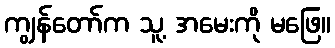
ကျွန်တော်က သူ့ အမေးကို မဖြေ။